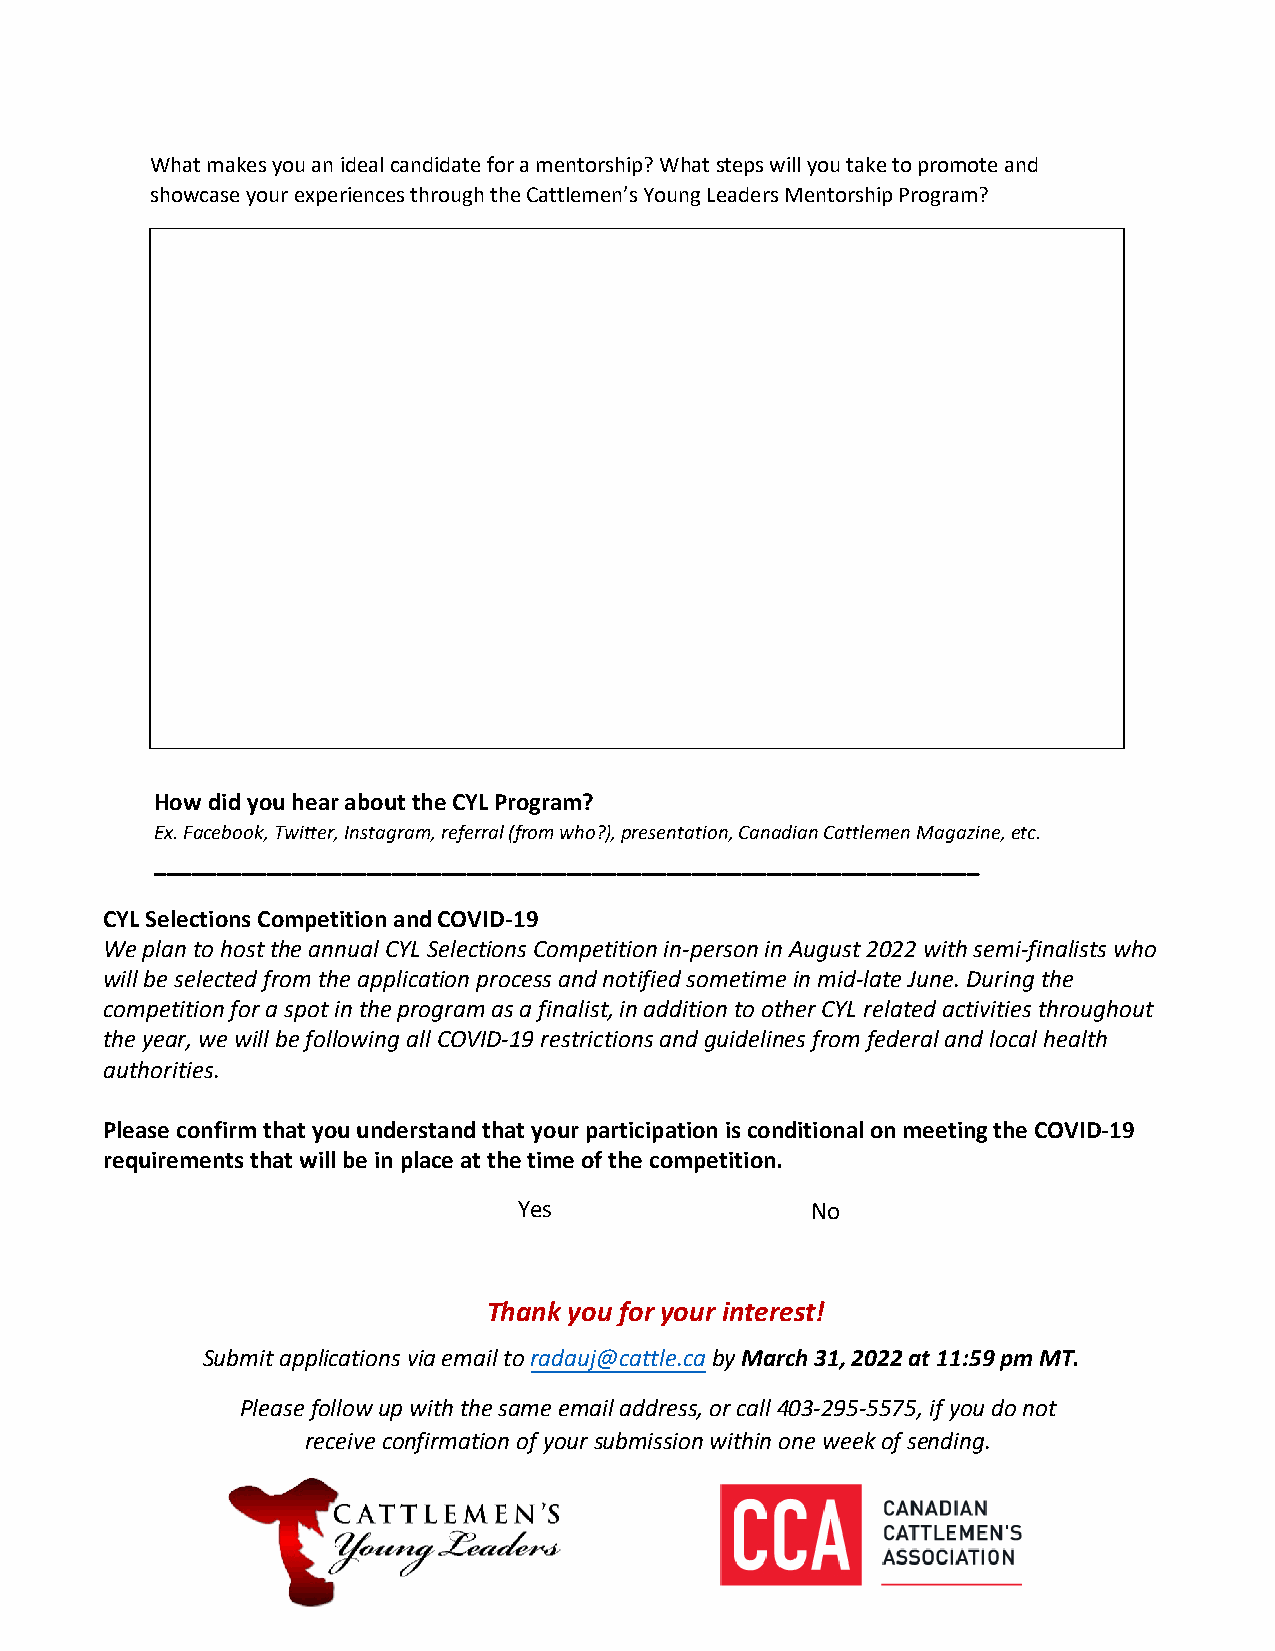
What makes you an ideal candidate for a mentorship? What steps will you take to promote and
 showcase your experiences through the Cattlemen’s Young Leaders Mentorship Program?
 How did you hear about the CYL Program?
 Ex. Facebook, Twitter, Instagram, referral (from who?), presentation, Canadian Cattlemen Magazine, etc.
 __________________________________________________________________
 CYL Selections Competition and COVID-19
 We plan to host the annual CYL Selections Competition in-person in August 2022 with semi-finalists who
 will be selected from the application process and notified sometime in mid-late June. During the
 competition for a spot in the program as a finalist, in addition to other CYL related activities throughout
 the year, we will be following all COVID-19 restrictions and guidelines from federal and local health
 authorities.
 Please confirm that you understand that your participation is conditional on meeting the COVID-19
 requirements that will be in place at the time of the competition.
 Yes                 No
 Thank you for your interest!
 Submit applications via email to radauj@cattle.ca by March 31, 2022 at 11:59 pm MT.
 Please follow up with the same email address, or call 403-295-5575, if you do not
 receive confirmation of your submission within one week of sending.